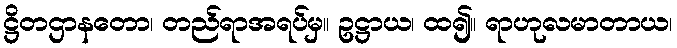
ဋ္ဌိတဌာနတော၊ တည်ရာအရပ်မှ။ ဥဋ္ဌာယ၊ ထ၍။ ရာဟုလမာတာယ၊